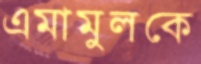
এমামুলকে